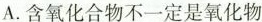
A.含氧化合物不一定是氧化物